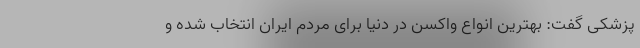
پزشکی گفت: بهترین انواع واکسن در دنیا برای مردم ایران انتخاب شده و